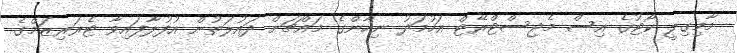
މާމިގިލީ ކޯޓުގެ އިސް މެޖިސްޓްރޭޓް އަހުމަދު ނިހާންގެ މައްޗަށް ދައުލަތުން އުފުލާފައިވާ ޓެރަރިޒަމްގެ